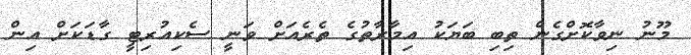
މޫނު ނިވާކޮށްގެން ތިބި ބަޔަކު އިމާރާތުގެ ތެރެއަށް ވަނީ ސެކިއުރިޓީ ގާޑަކަށް އިން